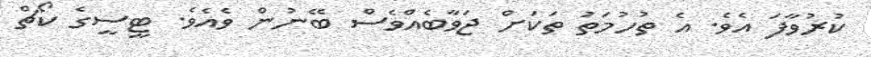
ކުރުވާފަ އެވެ. އެ ތުހުމަތު ތަކަށް ޖަވާބެއްވެސް ބޭނުން ވެއެވެ. ޓީސީގެ ކޯޗް